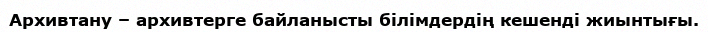
Архивтану – архивтерге байланысты білімдердің кешенді жиынтығы.